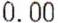
0.00